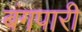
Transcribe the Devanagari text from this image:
बंगपारी